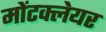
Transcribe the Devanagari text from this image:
मोंटक्लेयर